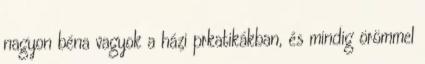
nagyon béna vagyok a házi prkatikákban, és mindig örömmel